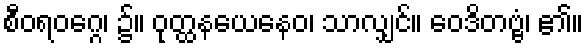
စီဝရဝဂ္ဂေ၊ ၌။ ဝုတ္ထနယေနေဝ၊ သာလျှင်။ ဝေဒိတဗ္ဗံ၊ ၏။